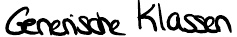
Generische Klassen